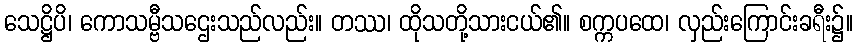
သေဋ္ဌိပိ၊ ကောသမ္ဗီသဌေးသည်လည်း။ တဿ၊ ထိုသတို့သားငယ်၏။ စက္ကပထေ၊ လှည်းကြောင်းခရီး၌။